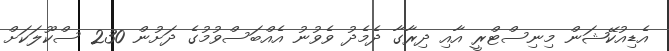
އެޑިއުކޭޝަން މިނިސްޓްރީ އާއި ދިރާގާ ދެމެދު ވެވުނު އެއްބަސްވުމުގެ ދަށުން 230 ސްކޫލަކަށް